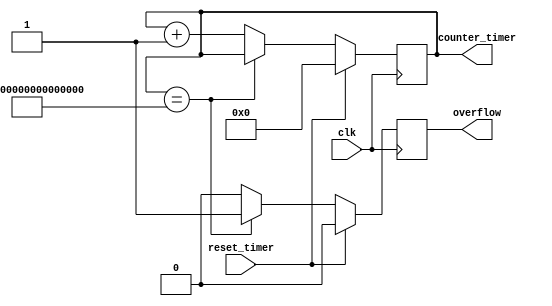
module TIMER(
	input clk,
	input reset_timer,
	output [63:0]counter_timer,
	output overflow
);
	reg [63:0]counter_timer_0;
	reg overflow_0;
	assign counter_timer = counter_timer_0;
	assign overflow = overflow_0;
	always@(posedge clk)
	begin
		if(reset_timer)
		begin
			counter_timer_0 <= 64'b0;
			overflow_0 <= 1'b0;
		end
		else if(counter_timer_0 == 64'hFFFF_FFFF_FFFF_FFFF)
			overflow_0 <= 1'b1;
		else
		begin
			counter_timer_0 <= counter_timer_0 + 64'b1;
			overflow_0 <= 1'b0;
		end
	end
endmodule